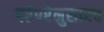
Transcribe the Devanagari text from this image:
परंपरेनुसारच